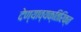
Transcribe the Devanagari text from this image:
देण्याव्यक्तिरिक्त